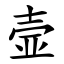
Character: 壸